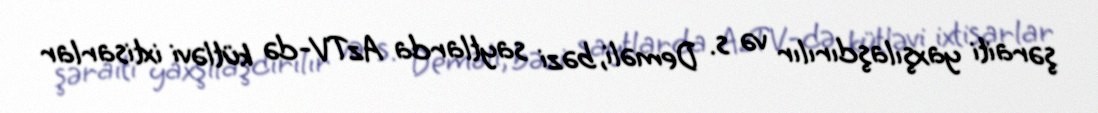
şəraiti yaxşılaşdırılır və s. Deməli, bəzi saytlarda AzTV-də kütləvi ixtisarlar